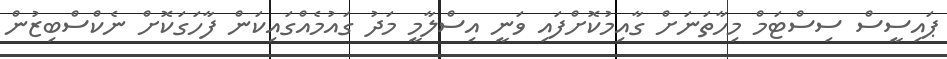
ޕައިސީސް ސިސްޓަމް މިހާތަނަށް ގާއިމުކޮށްފައި ވަނީ އިސްލާމީ މަދު ގައުމެއްގައިކަން ފާހަގަކޮށް ނެކްސްބިޒުން